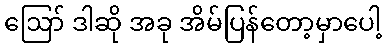
ဪ ဒါဆို အခု အိမ်ပြန်တော့မှာပေါ့